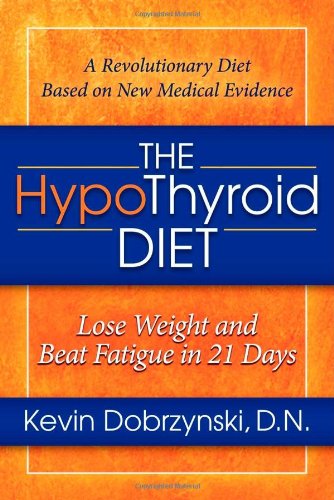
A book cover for The HypoThyroid Diet: Lose Weight and Beat Fatigue in 21 Days; Kevin Dobrzynski; Health, Fitness & Dieting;